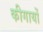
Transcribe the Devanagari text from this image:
कीगायों